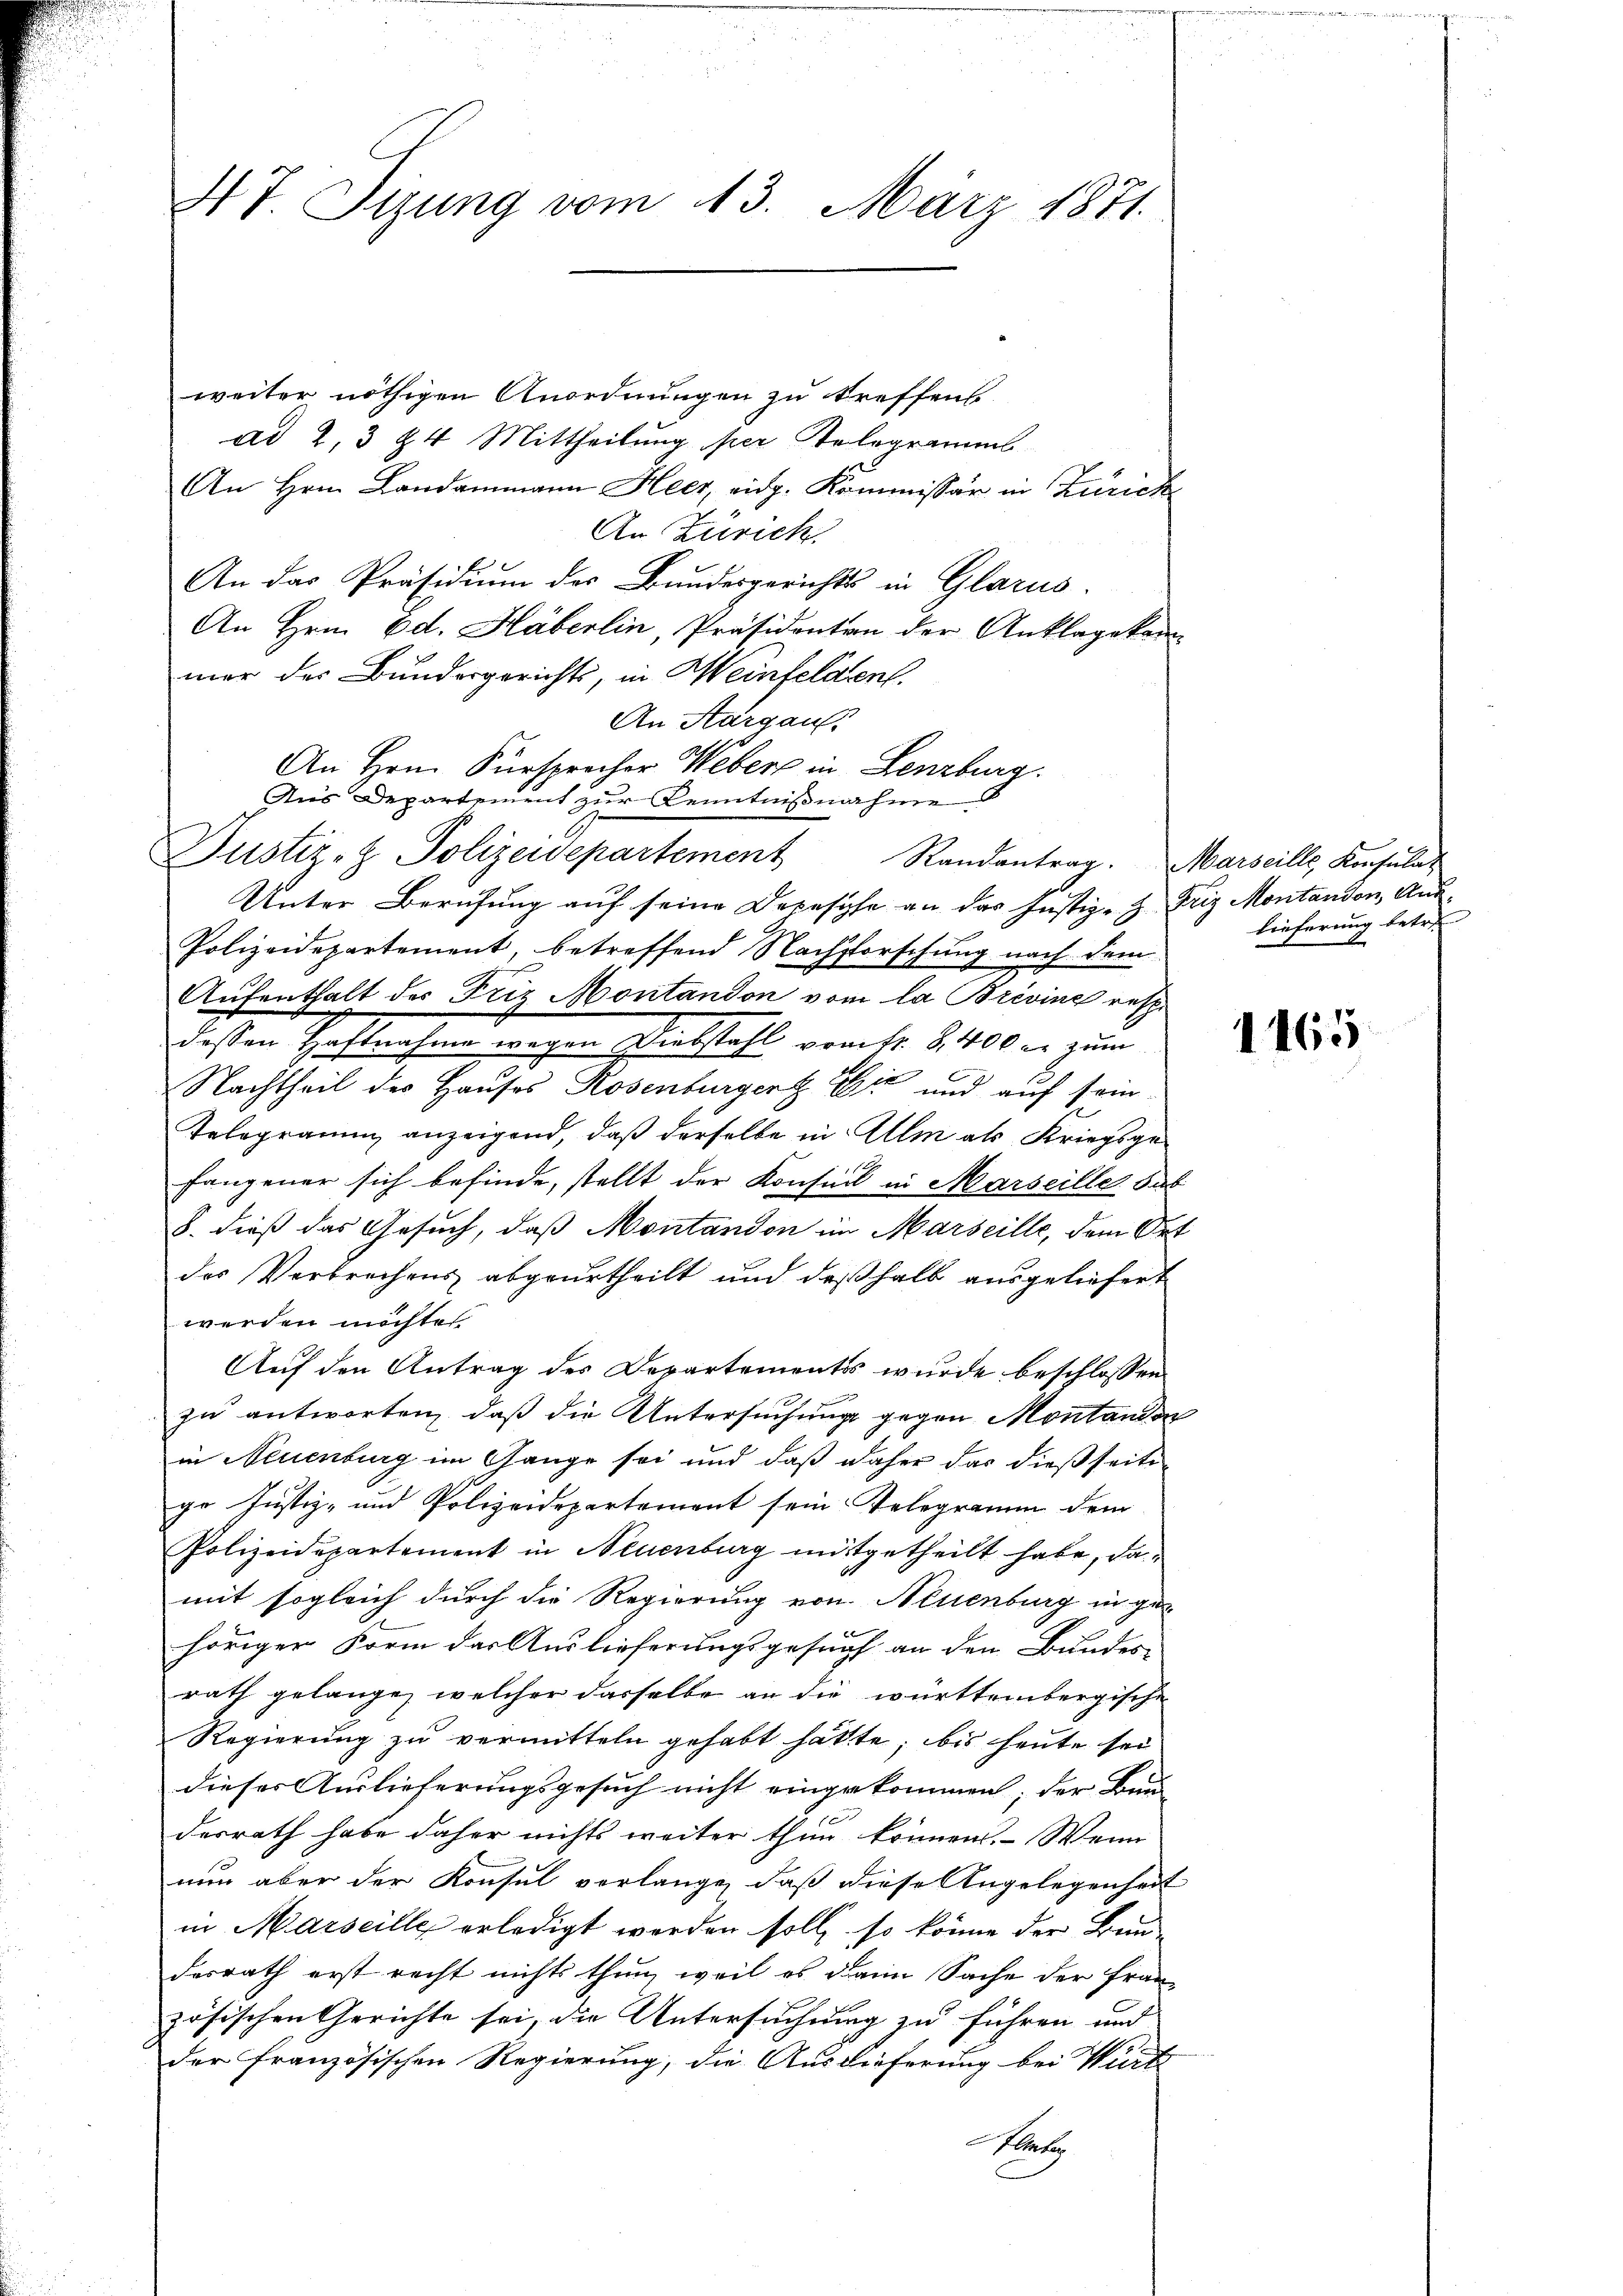
47 Sizung vom 13. März 1871.

weiter nöthigen Anordnungen zu treffen.
ad 2, 3 24 Mittheilung per Selogramms
An Hrn. Landammann Heer, eidg. Kommissär in Zürich
An Zürich,
An das Präsidium des Bundesgerichts in Glarus.
An Hrn. Ed. Häberlin, Präsidenten der Anklagekammer des Bundergerichts, in Weinfeldten.
An Aargaus
An Hrn. Fürsprecher Weber in Lenzburg.
Aus Departement zur Kenntnißnahme
Justiz- & Polizeidepartement
Unter Berufung auf seine Depesche an das Justiz-H. Friz Montandon, Aus¬
Polizeidepartement, betreffend Nachsforschung nach dem
Aufenthalt des Friz Montandon vom la Brevine respe
dassen Haftnahme wegen Diebstahl vom fr. 8. 400 in zum
Nachtheil des Hauses Rosenburgert 14 und auf sein
Relogramm anzeigend, daß derselbe in Allm als Kriegsge-
fangener sich befinde, stellt der Konseil in Marseiller Sub
8. dieß das Gesuch, daß Montandon im Marseille, dem Ort
des Verbrechens abgeurtheilt und deßhalb ausgeliefert
werden möchte
Auf den Antrag des Departementes wurde beschlossen
zu antworten, daß die Untersuchung gegen Montanden
in Neuenburg im Gange sei und daß daher das dießseite
ge Justiz- und Polizeidepartement sein Telegramm dem
Polizeidepartement in Neuenburg mitgetheilt habe, damit sogleich durch die Regierung von Neuenburg in gehörigen Form der Auslieferungsgesuch an den Bundes-
rath gelange, welcher dasselbe an die württembergische
Regierung zu vermitteln gehabt hätte; bis heute sei
dieser Auslieferungsgesuch nicht eingekommen; der Bau
desrath habe daher nichts weiter thun können. Wenn
nun aber der Konsul verlange, daß diese Angelegenheit
in Marseille erledigt worden soll, so könne der Bun-
desrath erst recht nichts thun, weil es dann Sache der Fran
zösischen Gerichte sei, die Untersuchung zu führen und
der französischen Regierung, die Ausdieferung bei Würt
ktrete

Randantrag. Marseille, Konsulat
lieferung betre

1165